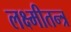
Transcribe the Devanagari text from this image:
लक्ष्मीतन्त्र